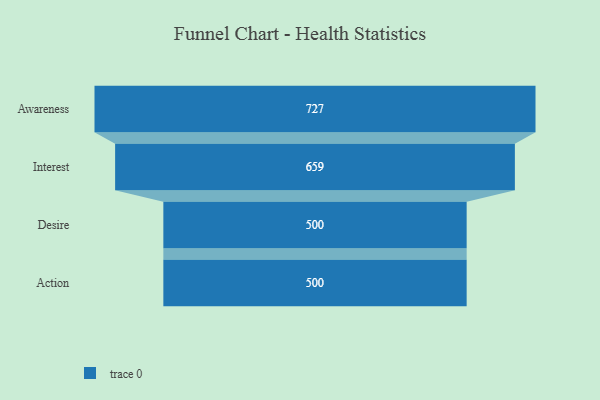
{"axis": {"x": "Stage", "y": "Value"}, "legend": [""], "data": [{"x": "Awareness", "y": 727.0, "type": ""}, {"x": "Interest", "y": 659.0, "type": ""}, {"x": "Desire", "y": 500, "type": ""}, {"x": "Action", "y": 500, "type": ""}]}